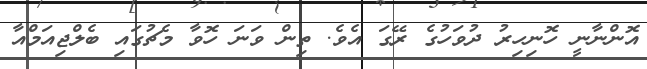
އޮންނާނީ ހޮނިހިރު ދުވަހުގެ ރޭގަ އެވެ. ތިން ވަނަ ހޮވާ މެޗުގައި ބެލްޖިއަމްއާ